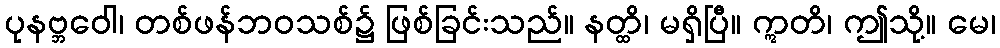
ပုနဗ္ဘဝေါ၊ တစ်ဖန်ဘဝသစ်၌ ဖြစ်ခြင်းသည်။ နတ္ထိ၊ မရှိပြီ။ ဣတိ၊ ဤသို့။ မေ၊